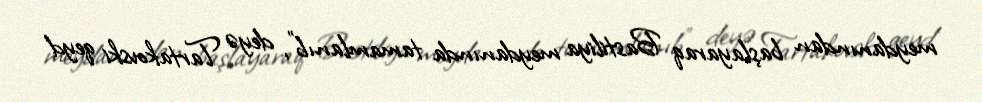
meydanından başlayaraq Bastiliya meydanında tamamlanıb”, deyə Tartakovski qeyd